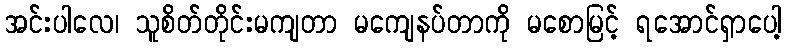
အင်းပါလေ၊ သူစိတ်တိုင်းမကျတာ မကျေနပ်တာကို မစောမြင့် ရအောင်ရှာပေါ့